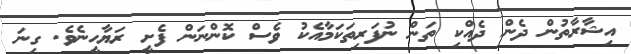
އިޝާރާތުން ދެން ދެއްކި ތަން ނުފަރިތަކަމާއެކު ވެސް ކޮންނަން ފެށީ ރަޔާހީނެވެ. ގިނަ